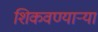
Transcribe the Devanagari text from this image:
शिकवण्यार्‍या